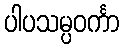
ပါပသမ္ပဝင်္ကာ